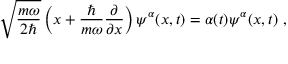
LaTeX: ~ { \sqrt { \frac { m \omega } { 2 \hbar } } } \left( x + { \frac { \hbar } { m \omega } } { \frac { \partial } { \partial x } } \right) \psi ^ { \alpha } ( x , t ) = \alpha ( t ) \psi ^ { \alpha } ( x , t ) ~ ,